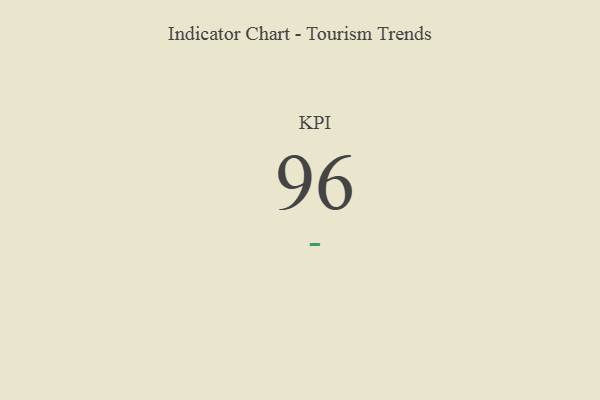
{"axis": {"x": "KPI", "y": "Value"}, "legend": [""], "data": [{"x": "KPI", "y": 96, "type": ""}]}